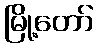
မြို့တော်